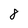
Character: 8